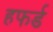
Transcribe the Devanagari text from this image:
हफर्ड